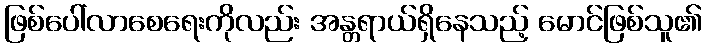
ဖြစ်ပေါ်လာစေရေးကိုလည်း အန္တရာယ်ရှိနေသည့် မောင်ဖြစ်သူ၏